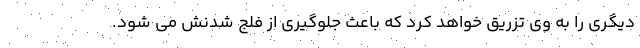
دیگری را به وی تزریق خواهد کرد که باعث جلوگیری از فلج شدنش می شود.